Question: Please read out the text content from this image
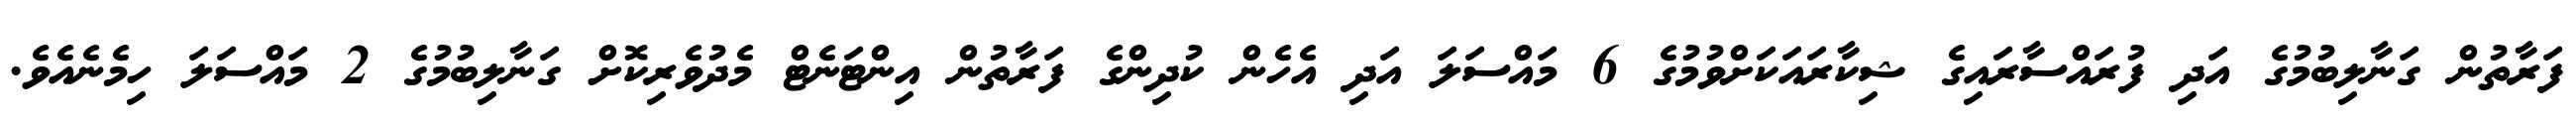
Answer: ފަރާތުން ގަނާލިބުމުގެ އަދި ފުރައްސާރައިގެ ޝިކާރައަކަށްވުމުގެ 6 މައްސަލަ އަދި އެހެން ކުދިންގެ ފަރާތުން އިންޓަނެޓް މެދުވެރިކޮށް ގަނާލިބުމުގެ 2 މައްސަލަ ހިމެނެއެވެ.